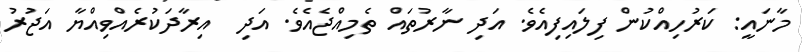
މާނައީ: ކަރުހިއްކުން ފިލައިފިއެވެ. އަދި ނާރުތައް ތެމިއްޖެއެވެ. އަދި  އިރާދަކުރެއްވިއްޔާ އަޖުރު